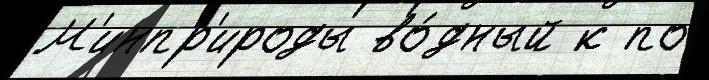
М'инпр'ироды во́дный к по